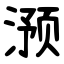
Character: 滪